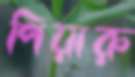
পিয়ারু